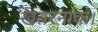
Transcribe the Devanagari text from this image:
खतरनाक।